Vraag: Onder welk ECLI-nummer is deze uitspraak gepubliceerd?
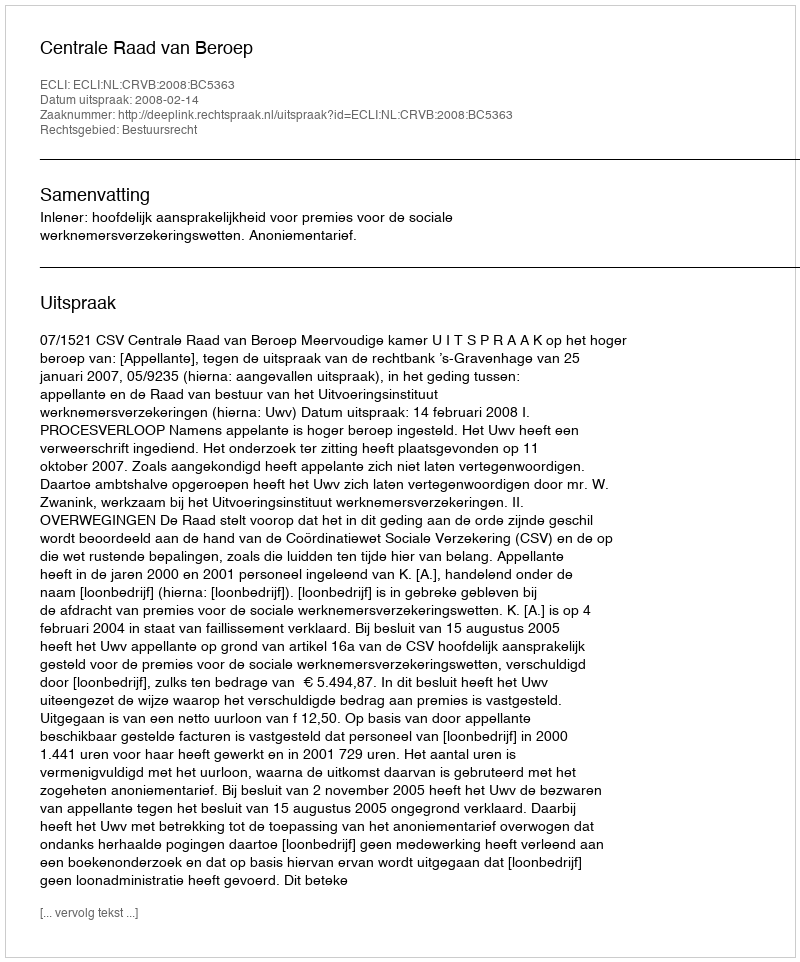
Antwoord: ECLI:NL:CRVB:2008:BC5363